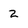
Character: 2